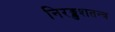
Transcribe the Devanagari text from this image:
निरङ्कुशतन्त्र